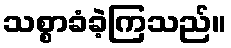
သစ္စာခံခဲ့ကြသည်။